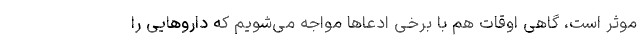
موثر است، گاهی اوقات هم با برخی ادعاها مواجه می‌شویم که داروهایی را